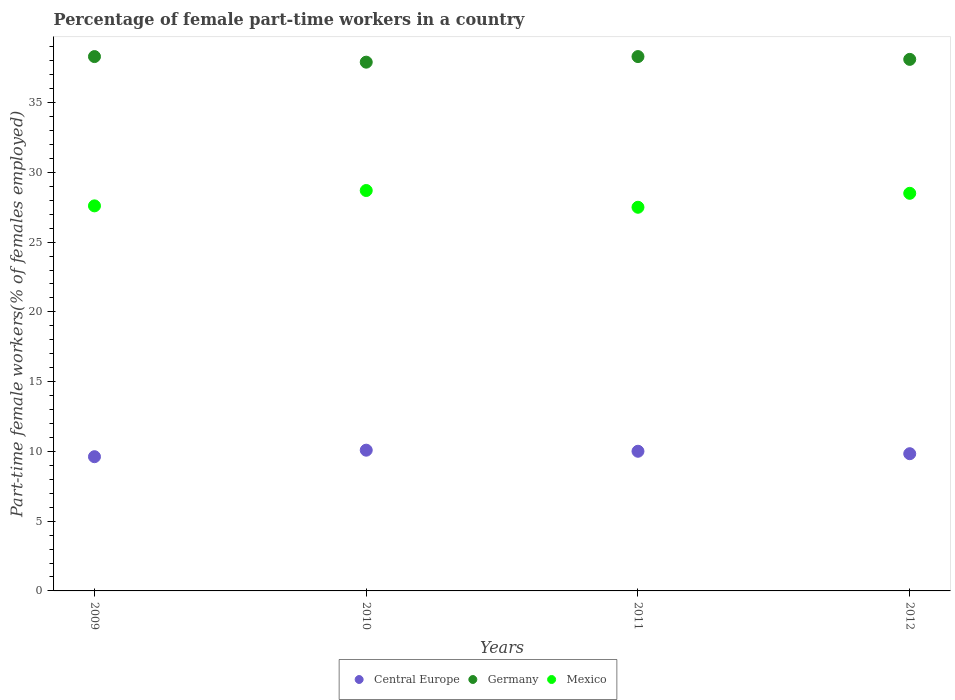
| Years | Central Europe | Germany | Mexico |
 | --- | --- | --- | --- |
 | 2009 | 9.62 | 38.3 | 27.6 |
 | 2010 | 10.1 | 37.9 | 28.7 |
 | 2011 | 10 | 38.3 | 27.5 |
 | 2012 | 9.84 | 38.1 | 28.5 |